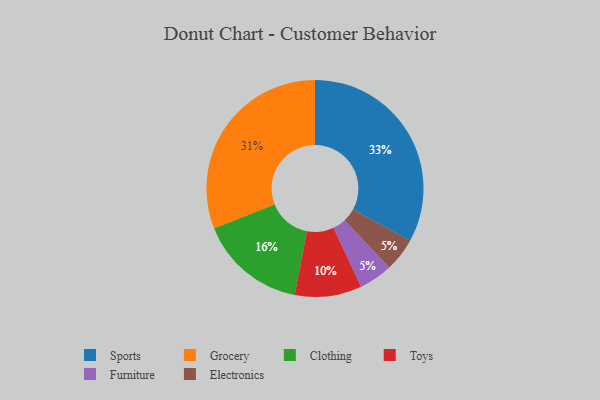
{"axis": {"x": "Category", "y": "Percentage"}, "legend": ["Clothing", "Electronics", "Furniture", "Grocery", "Sports", "Toys"], "data": [{"x": "Furniture", "y": 5, "type": "Furniture"}, {"x": "Clothing", "y": 16, "type": "Clothing"}, {"x": "Electronics", "y": 5, "type": "Electronics"}, {"x": "Sports", "y": 33, "type": "Sports"}, {"x": "Grocery", "y": 31, "type": "Grocery"}, {"x": "Toys", "y": 10, "type": "Toys"}]}